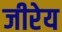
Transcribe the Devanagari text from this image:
जीरेय